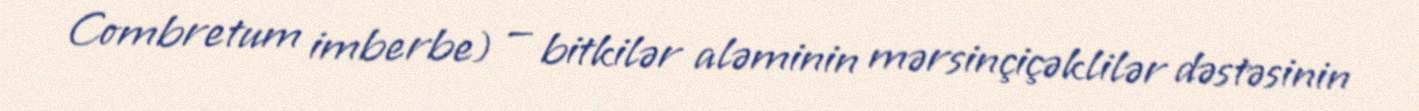
Combretum imberbe) — bitkilər aləminin mərsinçiçəklilər dəstəsinin